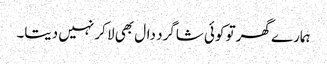
ہمارے گھر تو کوئی شاگرد دال بھی لا کر نہیں دیتا۔